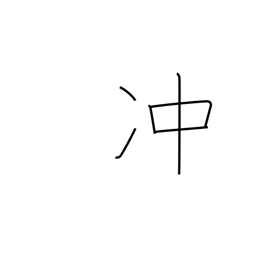
Meaning: rise high into sky